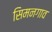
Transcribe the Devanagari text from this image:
सिमनगाव